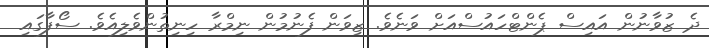
ދެ ޒުވާނުން އައިސް ޕެންޓްހައުސްއަށް ވަނެވެ. ޒިވަން ފެނުމުން ނިމްރާ ހިނިތުންވެލިއެވެ. ސޯފާގައި